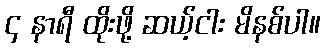
၄ နာရီ ထိုးဖို့ ဆယ့်ငါး မိနစ်ပါ။